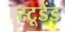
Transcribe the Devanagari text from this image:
स्टूडेंड